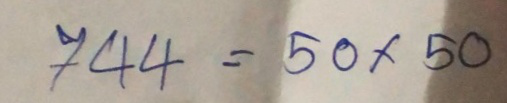
744 = 50 x 50